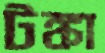
টঙ্কা